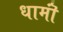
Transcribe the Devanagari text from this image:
धामॊं